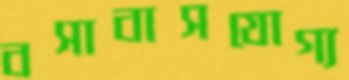
বসাবাসযোগ্য